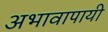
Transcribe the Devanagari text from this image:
अभावापायी